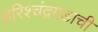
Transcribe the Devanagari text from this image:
हरिश्चंद्रगडाची